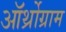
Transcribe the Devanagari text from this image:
ऑर्थ्रोग्राम